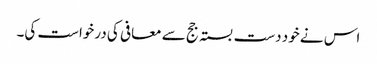
اس نے خود دست بستہ جج سے معافی کی درخواست کی۔